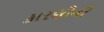
કારણોની